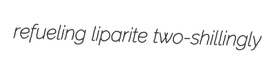
refueling liparite two-shillingly